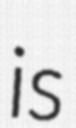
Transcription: is